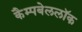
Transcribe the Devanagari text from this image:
कैम्पबेललॉक